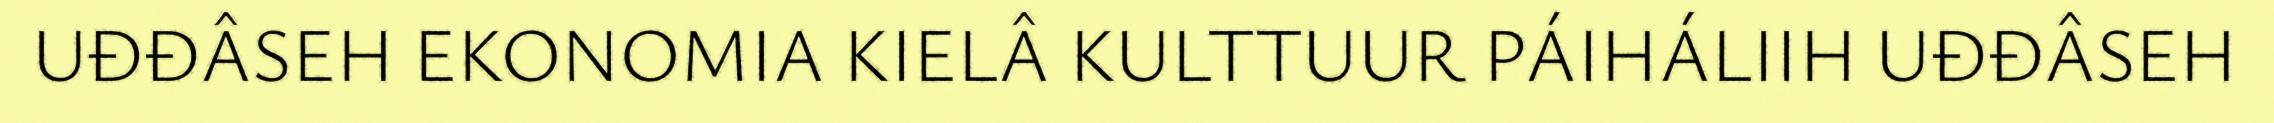
UĐĐÂSEH EKONOMIA KIELÂ KULTTUUR PÁIHÁLIIH UĐĐÂSEH